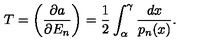
T = \left( \frac { \partial a } { \partial E _ { n } } \right) = \frac { 1 } { 2 } \int _ { \alpha } ^ { \gamma } \frac { d x } { p _ { n } ( x ) } .